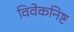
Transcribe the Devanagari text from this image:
विवेकनिष्ट